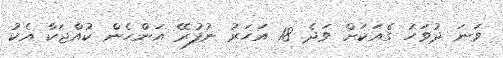
ވަނަ ދުވަހު ގެއަކަށް ވަދެ 18 އަހަރު ނުފުރޭ އަންހެން ކުއްޖަކާ އެކު